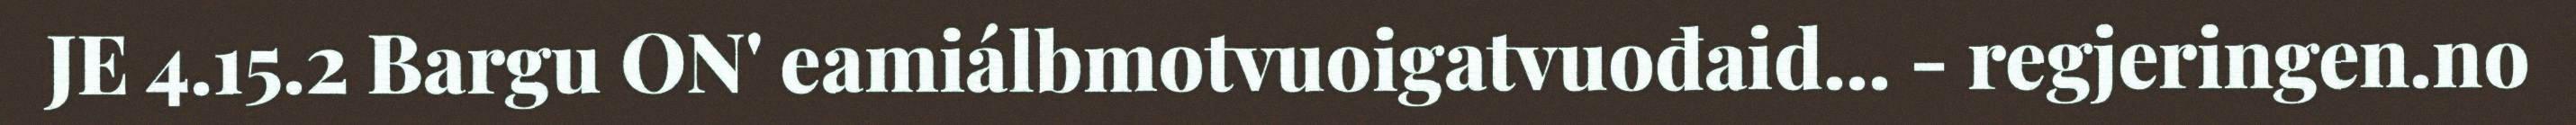
JE 4.15.2 Bargu ON' eamiálbmotvuoigatvuođaid... - regjeringen.no